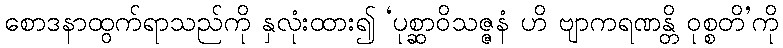
စောဒနာထွက်ရာသည်ကို နှလုံးထား၍ ‘ပုစ္ဆာဝိသဇ္ဇနံ ဟိ ဗျာကရဏန္တိ ဝုစ္စတိ’ကို